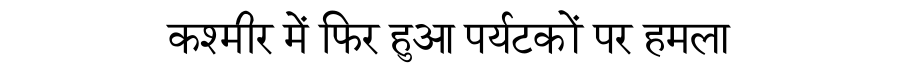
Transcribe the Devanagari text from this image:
कश्मीर में फिर हुआ पर्यटकों पर हमला